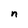
Character: n